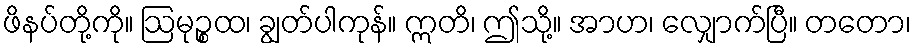
ဖိနပ်တို့ကို။ ဩမုဉ္စထ၊ ချွတ်ပါကုန်။ ဣတိ၊ ဤသို့။ အာဟ၊ လျှောက်ပြီ။ တတော၊